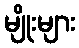
မျိုးများ